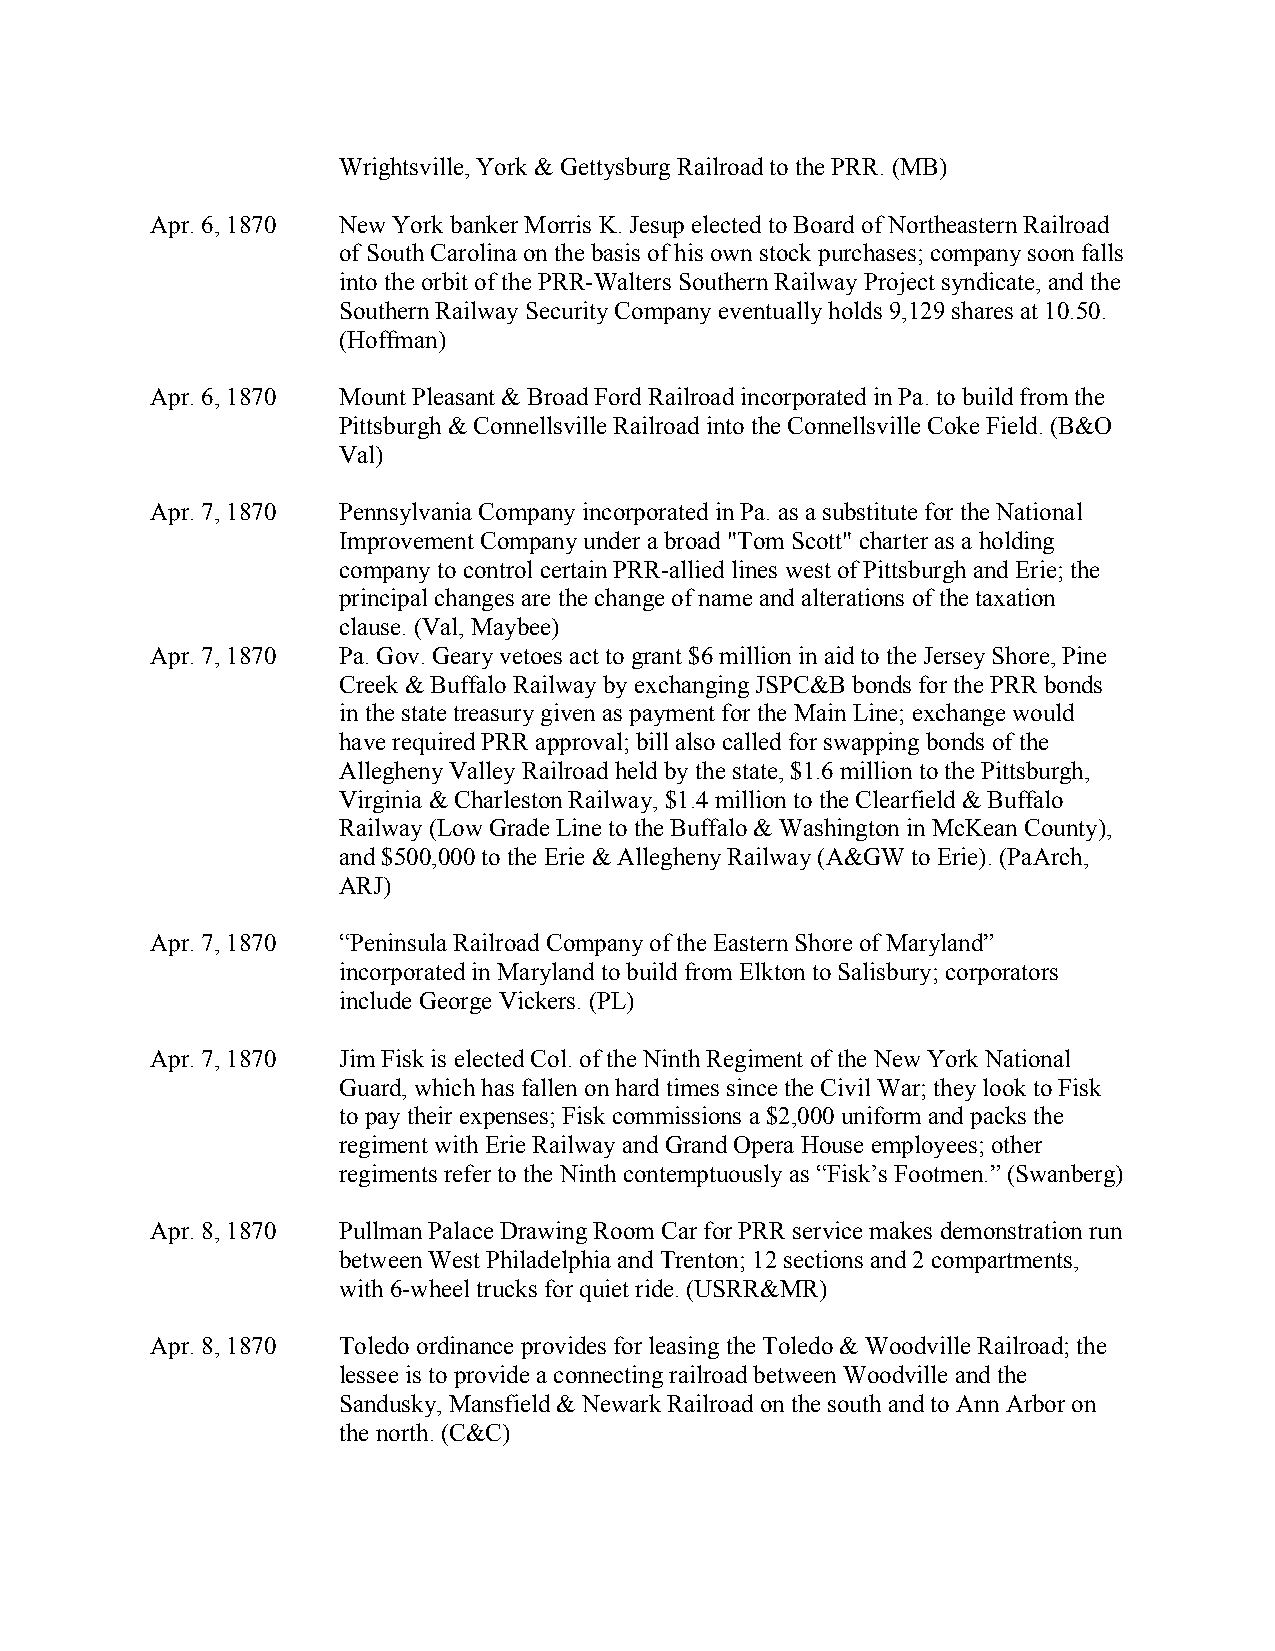
Wrightsville, York & Gettysburg Railroad to the PRR. (MB)
 Apr. 6, 1870 New York banker Morris K. Jesup elected to Board of Northeastern Railroad
 of South Carolina on the basis of his own stock purchases; company soon falls
 into the orbit of the PRR-Walters Southern Railway Project syndicate, and the
 Southern Railway Security Company eventually holds 9,129 shares at 10.50.
 (Hoffman)
 Apr. 6, 1870 Mount Pleasant & Broad Ford Railroad incorporated in Pa. to build from the
 Pittsburgh & Connellsville Railroad into the Connellsville Coke Field. (B&O
 Val)
 Apr. 7, 1870 Pennsylvania Company incorporated in Pa. as a substitute for the National
 Improvement Company under a broad "Tom Scott" charter as a holding
 company to control certain PRR-allied lines west of Pittsburgh and Erie; the
 principal changes are the change of name and alterations of the taxation
 clause. (Val, Maybee)
 Apr. 7, 1870 Pa. Gov. Geary vetoes act to grant $6 million in aid to the Jersey Shore, Pine
 Creek & Buffalo Railway by exchanging JSPC&B bonds for the PRR bonds
 in the state treasury given as payment for the Main Line; exchange would
 have required PRR approval; bill also called for swapping bonds of the
 Allegheny Valley Railroad held by the state, $1.6 million to the Pittsburgh,
 Virginia & Charleston Railway, $1.4 million to the Clearfield & Buffalo
 Railway (Low Grade Line to the Buffalo & Washington in McKean County),
 and $500,000 to the Erie & Allegheny Railway (A&GW to Erie). (PaArch,
 ARJ)
 Apr. 7, 1870 “Peninsula Railroad Company of the Eastern Shore of Maryland”
 incorporated in Maryland to build from Elkton to Salisbury; corporators
 include George Vickers. (PL)
 Apr. 7, 1870 Jim Fisk is elected Col. of the Ninth Regiment of the New York National
 Guard, which has fallen on hard times since the Civil War; they look to Fisk
 to pay their expenses; Fisk commissions a $2,000 uniform and packs the
 regiment with Erie Railway and Grand Opera House employees; other
 regiments refer to the Ninth contemptuously as “Fisk’s Footmen.” (Swanberg)
 Apr. 8, 1870 Pullman Palace Drawing Room Car for PRR service makes demonstration run
 between West Philadelphia and Trenton; 12 sections and 2 compartments,
 with 6-wheel trucks for quiet ride. (USRR&MR)
 Apr. 8, 1870 Toledo ordinance provides for leasing the Toledo & Woodville Railroad; the
 lessee is to provide a connecting railroad between Woodville and the
 Sandusky, Mansfield & Newark Railroad on the south and to Ann Arbor on
 the north. (C&C)